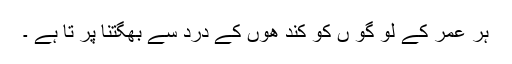
ہر عمر کے لو گو ں کو کند ھوں کے درد سے بھگتنا پر تا ہے ۔